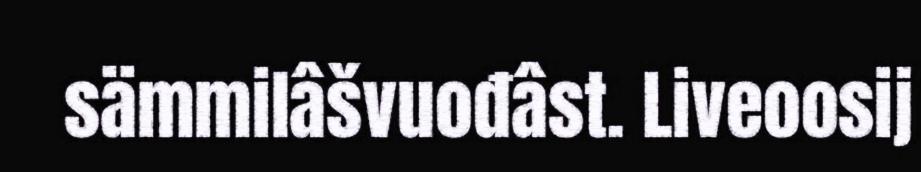
sämmilâšvuođâst. Liveoosij